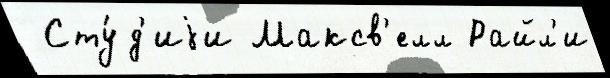
 Сту́д'иjи Максв'елл Райл'и